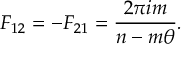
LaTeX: m _ { H _ { 3 } ^ { \pm } } ^ { 2 } = m _ { H _ { 3 } ^ { 0 } } ^ { 2 } - \lambda _ { 4 } ( v _ { 1 } ^ { 2 } + u _ { 1 } ^ { 2 } ) .